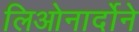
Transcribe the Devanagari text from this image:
लिओनार्दोने